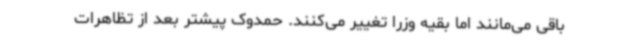
باقی می‌مانند اما بقیه وزرا تغییر می‌کنند. حمدوک پیشتر بعد از تظاهرات